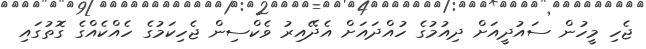
ޖެހި މީހުން ސައުދީއަށް ދިއުމުގެ ހުއްދައަށް އެދޭއިރު ވެކްސިން ޖެހިކަމުގެ ހެއްކެއްގެ ގޮތުގައި